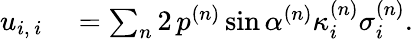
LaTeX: \begin{array}{rl}{u_{i,\, i}}&{{}=\sum_{n}2\, p^{(n)}\sin\alpha^{(n)}\kappa_{i}^{(n)}\sigma_{i}^{(n)}.}\end{array}